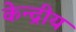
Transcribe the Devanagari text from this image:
केन्‍द्रीय